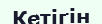
Кетігін